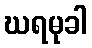
ဃရမုခါ